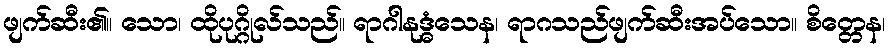
ဖျက်ဆီး၏။ သော၊ ထိုပုဂ္ဂိုလ်သည်။ ရာဂါနုဒ္ဓံသေန၊ ရာဂသည်ဖျက်ဆီးအပ်သော။ စိတ္တေန၊